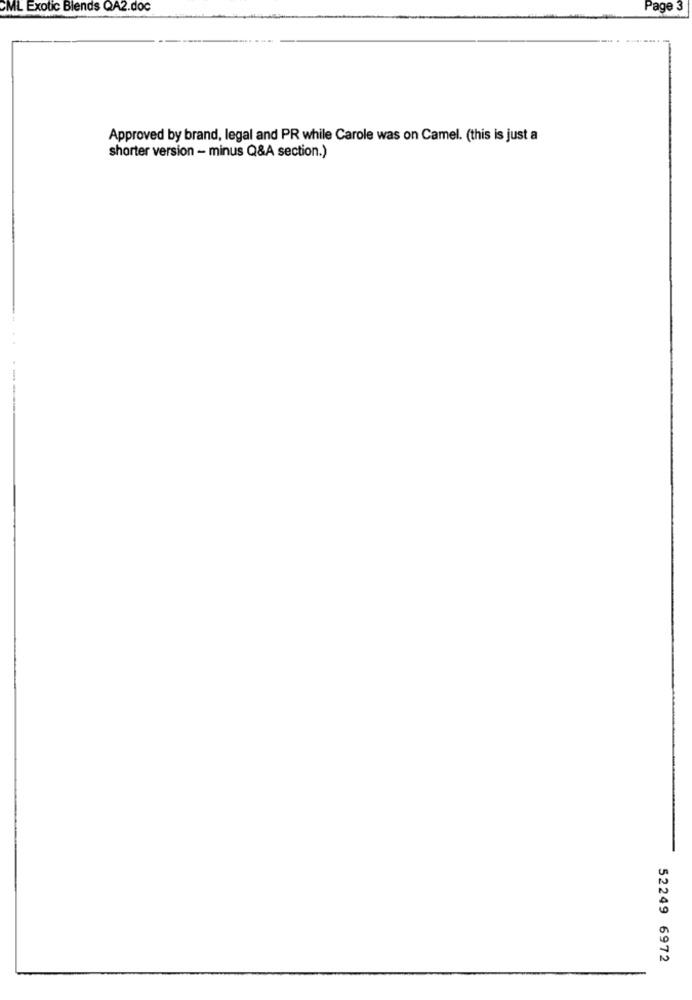
CML Exotic Blends QA2.doc
Page 3
Approved by brand, legal and PR while Carole was on Camel. (this is just a
shorter version - minus Q&A section.)
52249 6972